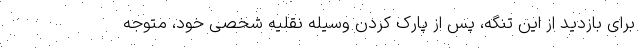
برای بازدید از این تنگه، پس از پارک کردن وسیله نقلیه شخصی خود، متوجه